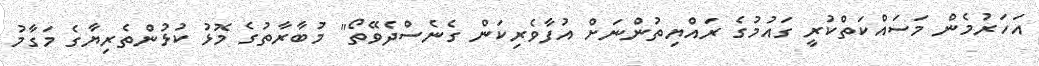
އަހަރުމެން މަސައްކަތްކުރީ ގައުމުގެ ރައްޔިތުންނަށް އުފާވެރިކަން ގެނެސްދެވޭތޯ" މުބާރާތުގެ މޮޅު ކުޅުންތެރިޔާގެ މަގާމު